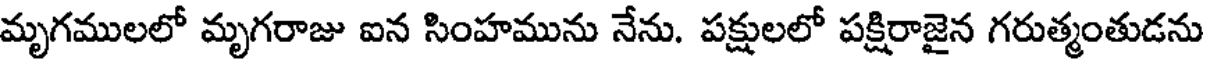
మృగములలో మృగరాజు ఐన సింహమును నేను. పక్షులలో పక్షిరాజైన గరుత్మంతుడను